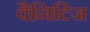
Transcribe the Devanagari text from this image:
वैनिटिज